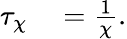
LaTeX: \begin{array}{rl}{\tau_{\chi}}&{{}=\frac{1}{\chi}.}\end{array}